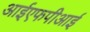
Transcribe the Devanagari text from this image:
आईएफपीआई